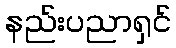
နည်းပညာရှင်